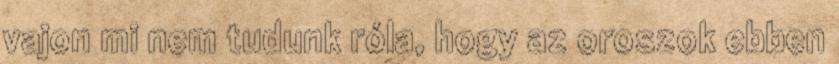
vajon mi nem tudunk róla, hogy az oroszok ebben